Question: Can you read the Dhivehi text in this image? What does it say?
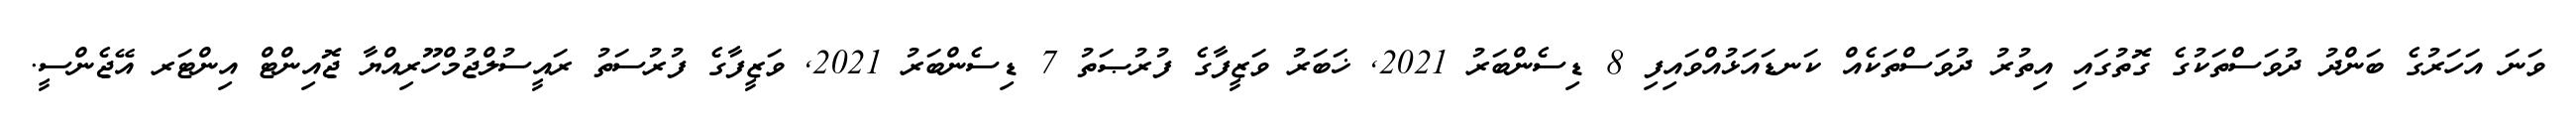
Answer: ވަނަ އަހަރުގެ ބަންދު ދުވަސްތަކުގެ ގޮތުގައި އިތުރު ދުވަސްތަކެއް ކަނޑައަޅުއްވައިފި 8 ޑިސެންބަރު 2021, ޚަބަރު ވަޒީފާގެ ފުރުޞަތު 7 ޑިސެންބަރު 2021, ވަޒީފާގެ ފުރުސަތު ރައީސުލްޖުމްހޫރިއްޔާ ޖޮއިންޓް އިންޓަރ އޭޖެންސީ.